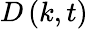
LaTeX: {D}\left({k,t}\right)